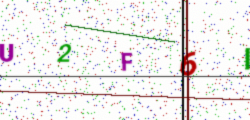
Text: U2F6I